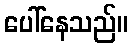
ပေါ်နေသည်။